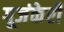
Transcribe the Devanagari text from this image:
गूजंकेरी